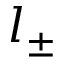
l _ { \pm }